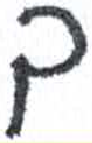
אות: ך